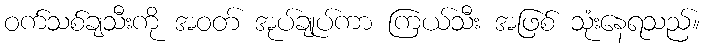
ဝက်သစ်ချသီးကို အဝတ် အုပ်ချုပ်ကာ ကြယ်သီး အဖြစ် သုံးနေရသည်။